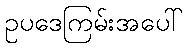
ဥပဒေကြမ်းအပေါ်